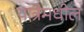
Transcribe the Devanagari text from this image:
यात्रेमधील